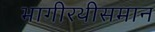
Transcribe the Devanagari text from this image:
भागीरथीसमान